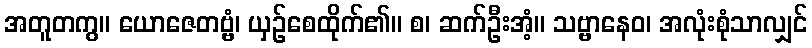
အတူတကွ။ ယောဇေတဗ္ဗံ၊ ယှဉ်စေထိုက်၏။ စ၊ ဆက်ဦးအံ့။ သဗ္ဗာနေဝ၊ အလုံးစုံသာလျှင်